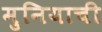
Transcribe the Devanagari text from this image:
मुनियाची